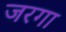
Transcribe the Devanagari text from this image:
जरगा